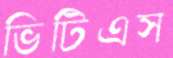
ভিটিএস